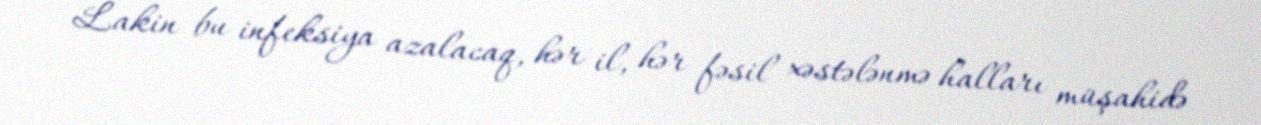
Lakin bu infeksiya azalacaq, hər il, hər fəsil xəstələnmə halları müşahidə